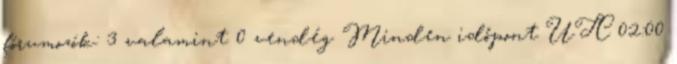
fórumozók: 3 valamint 0 vendég Minden időpont UTC 02:00